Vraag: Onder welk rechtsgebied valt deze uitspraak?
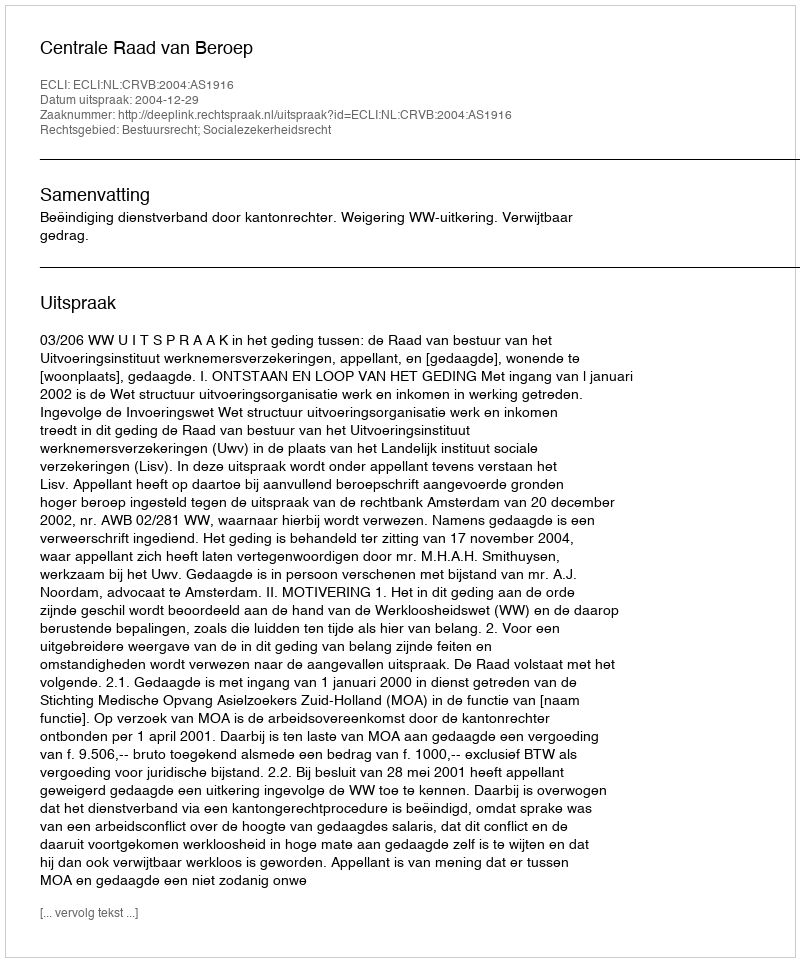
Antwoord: Bestuursrecht; Socialezekerheidsrecht